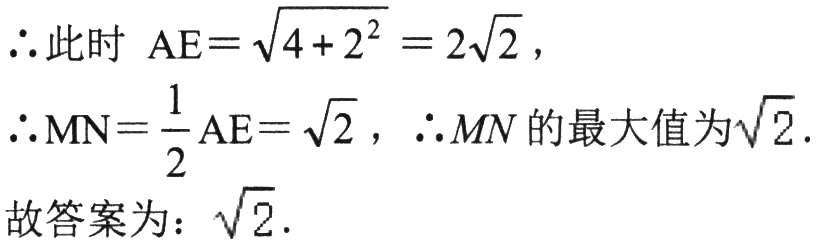
\(\therefore\)此时 \(AE = \sqrt{4 + 2^{2}} = 2\sqrt{2}\)，

\(\therefore MN=\frac{1}{2}AE = \sqrt{2}\)，\(\therefore MN\)的最大值为\(\sqrt{2}\).

故答案为：\(\sqrt{2}\).